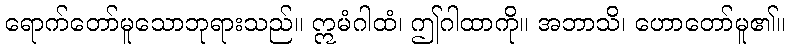
ရောက်တော်မူသောဘုရားသည်။ ဣမံဂါထံ၊ ဤဂါထာကို။ အဘာသိ၊ ဟောတော်မူ၏။